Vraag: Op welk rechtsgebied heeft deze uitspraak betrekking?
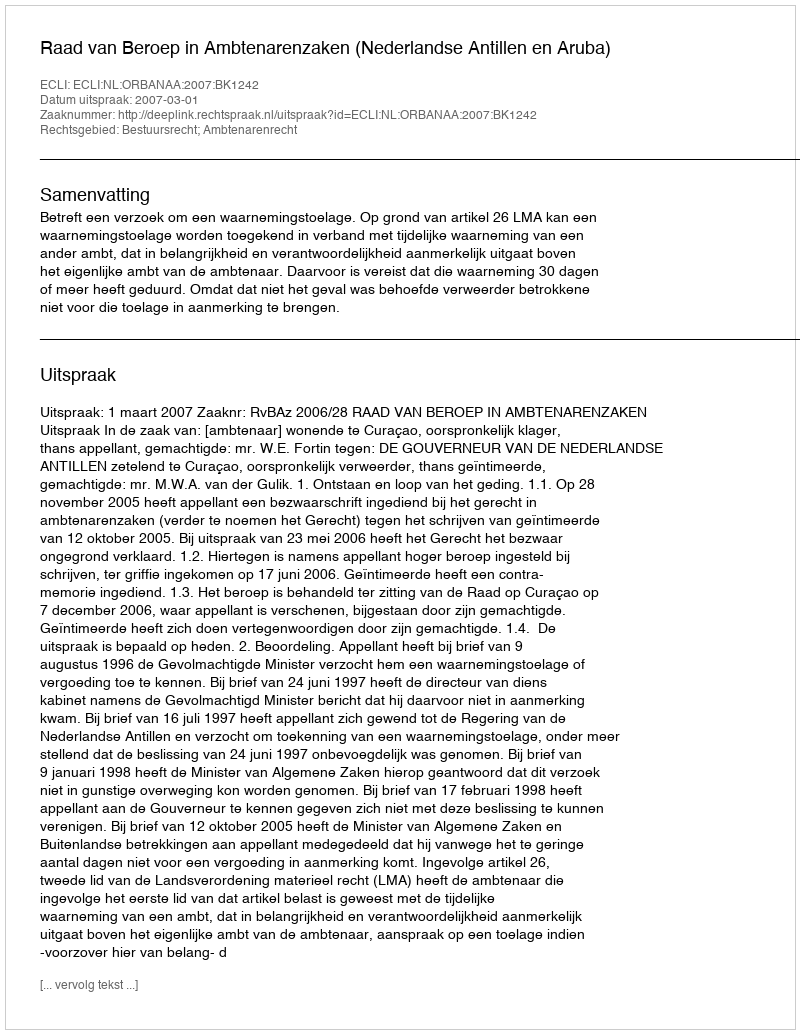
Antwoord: Bestuursrecht; Ambtenarenrecht